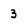
Character: 3